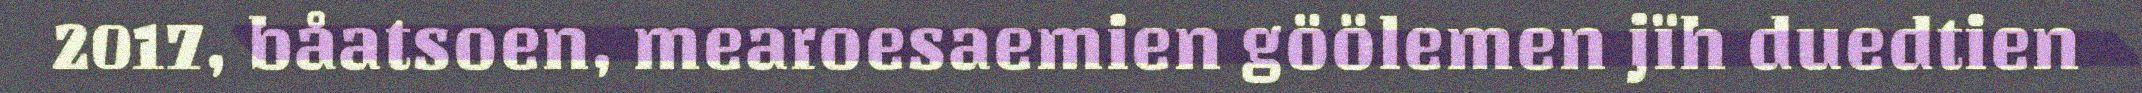
2017, båatsoen, mearoesaemien göölemen jïh duedtien